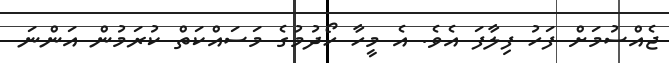
ޖެއްސުމަށް ފަހު ފިލާފަ އެވެ. އެ މީހާ ހޯދުމުގެ މަސައްކަތް ކުރަމުން އަންނަ